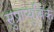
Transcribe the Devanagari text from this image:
सुप्राप्युबिक